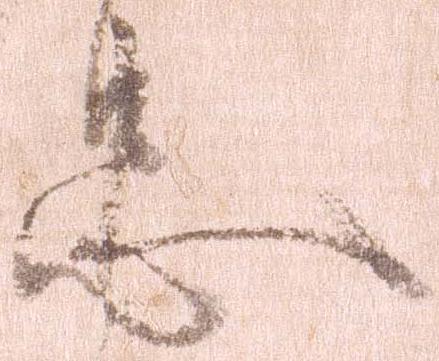
忠